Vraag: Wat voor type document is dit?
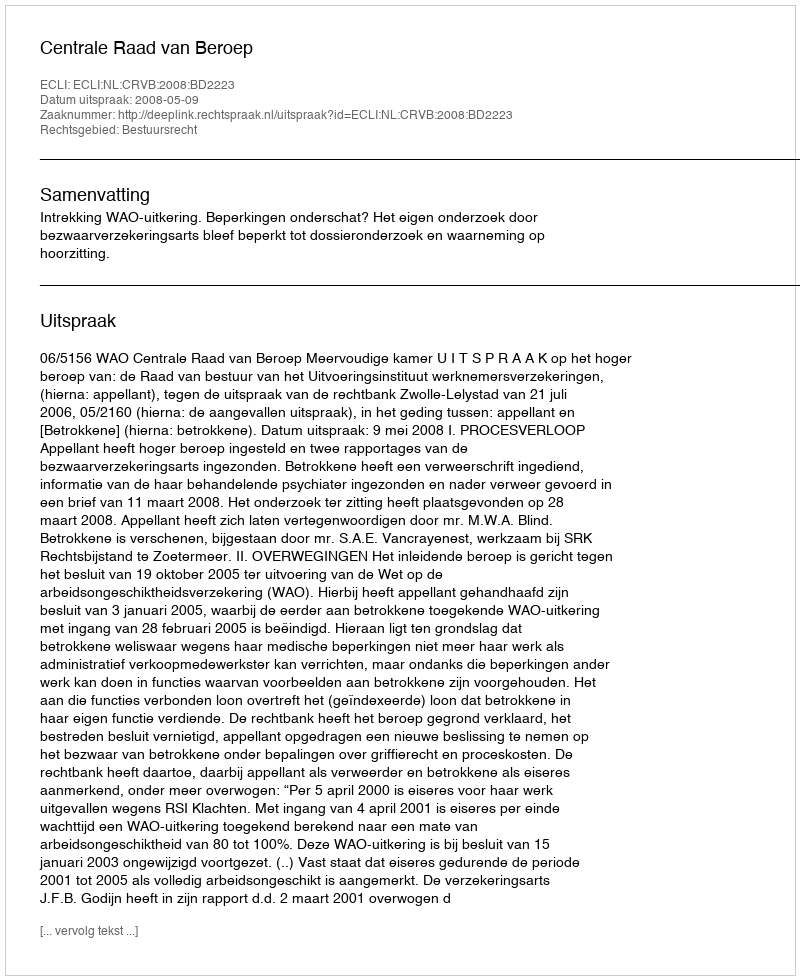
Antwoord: Uitspraak